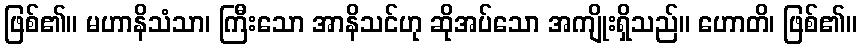
ဖြစ်၏။ မဟာနိသံသာ၊ ကြီးသော အာနိသင်ဟု ဆိုအပ်သော အကျိုးရှိသည်။ ဟောတိ၊ ဖြစ်၏။